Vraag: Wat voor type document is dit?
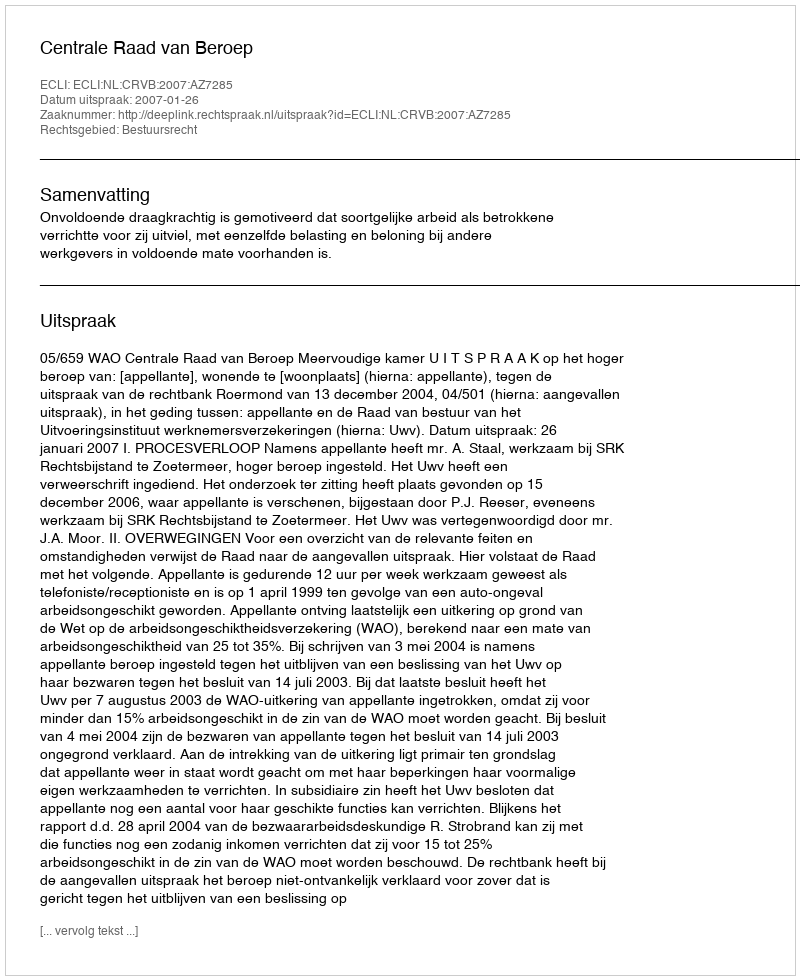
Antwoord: Uitspraak